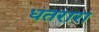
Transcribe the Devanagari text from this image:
धतरारा